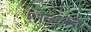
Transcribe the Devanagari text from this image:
एअरबसकडून